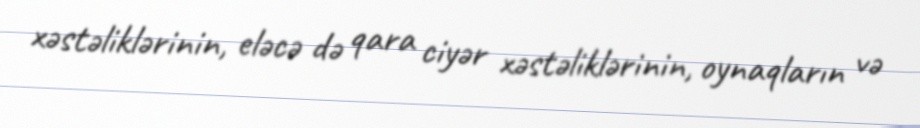
xəstəliklərinin, eləcə də qara ciyər xəstəliklərinin, oynaqların və